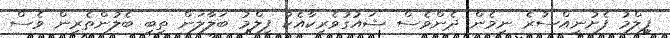
ފިލްމު ފެށުނީއްސުރެ ނިމެން ދެންވެސް ޝައުގުވެރިކާއެކު ފިލްމު ބަލާލަން ތިބި ބެލުންތެރިން ވެސް